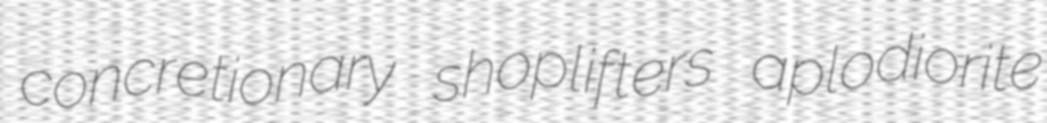
concretionary shoplifters aplodiorite